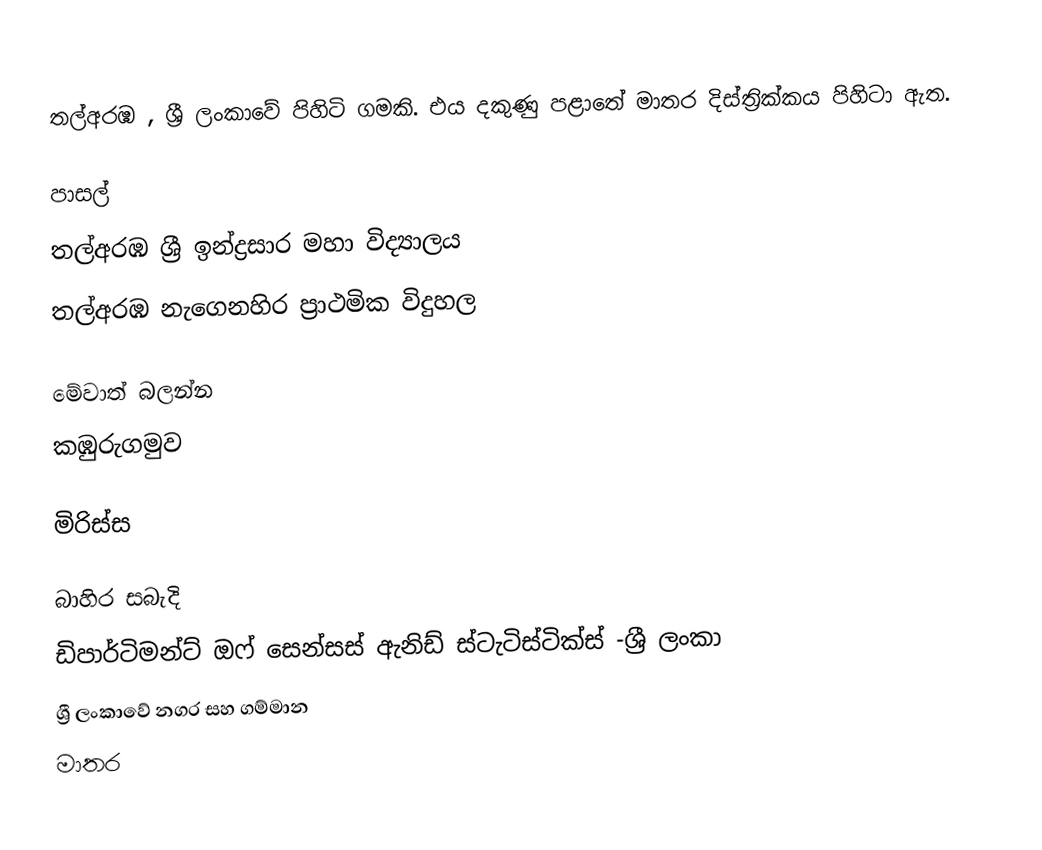
තල්අරඹ ,  ශ්‍රී ලංකාවේ පිහිටි ගමකි. එය දකුණු පළාතේ මාතර දිස්ත්‍රික්කය පිහිටා ඇත.

පාසල්
තල්අරඹ ශ්‍රී ඉන්ද්‍රසාර මහා විද්‍යාලය
තල්අරඹ නැගෙනහිර ප්‍රාථමික විදුහල

මේවාත් බලන්න
කඹුරුගමුව

මිරිස්ස

බාහිර සබැදි
ඩිපාර්ටිමන්ට් ඔෆ් සෙන්සස් ඇනිඩ් ස්ටැටිස්ටික්ස් -ශ්‍රී ලංකා
ශ්‍රී ලංකාවේ නගර සහ ගම්මාන
මාතර